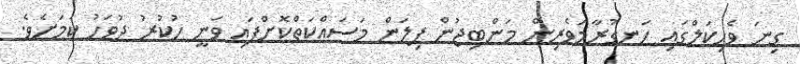
ގިނަ ވެހިކަލްގައި ހަނގުރާމަވެރިން މަންބިޖުން ފިލަން މަސައްކަތްކޮށްފައި ވަނީ ހުކުރު ދުވަހު ކަމަށެވެ.